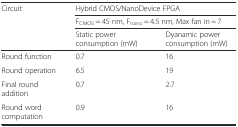
| <ROWSPAN=3> Circuit | <COLSPAN=2> Hybrid CMOS/NanoDevice FPGA |
 | <COLSPAN=2> FCMOS = 45 nm, Fnano = 4.5 nm, Max fan in = 7 |
 | Static power consumption (mW) | Dyanamic power consumption (mW) |
 | --- | --- | --- |
 | Round function | 0.7 | 16 |
 | Round operation | 6.5 | 19 |
 | Final round addition | 0.7 | 2.7 |
 | Round word computation | 0.9 | 16 |